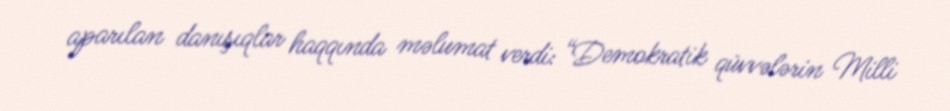
aparılan danışıqlar haqqında məlumat verdi: “Demokratik qüvvələrin Milli